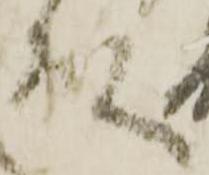
殿